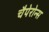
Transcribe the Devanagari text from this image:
चैपेरोन्स